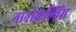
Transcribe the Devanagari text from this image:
नानोकेल्विंस